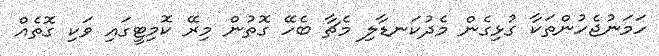
ހަމަނުޖެހުންތަކާ ގުޅިގެން މެދުކަނޑާލި މެޗާ ބެހޭ ގޮތުން މިރޭ ކޮމިޓީގައި ވަކި ގޮތެއް